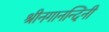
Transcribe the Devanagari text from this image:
श्रीनगानन्दिनी